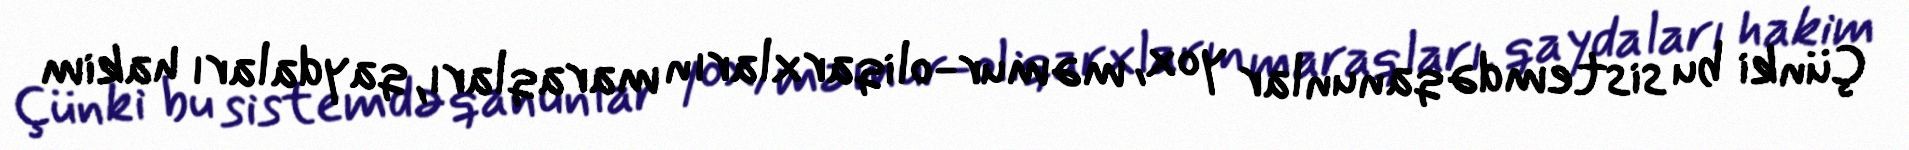
Çünki bu sistemdə qanunlar yox, məmur-oliqarxların maraqları, qaydaları hakim